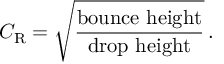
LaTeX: C _ { \mathrm { R } } = { \sqrt { \frac { \mathrm { b o u n c e ~ h e i g h t } } { \mathrm { d r o p ~ h e i g h t } } } } \, .